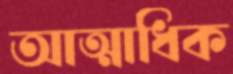
আত্মাধিক